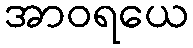
အာဝရယေ